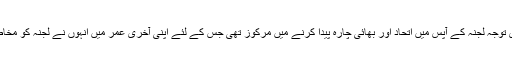
لکھتی ہیں کہ مرحومہ کی ساری توجہ لجنہ کے آپس میں اتحاد اور بھائی چارہ پیدا کرنے میں مرکوز تھی جس کے لئے اپنی آخری عمر میں انہوں نے لجنہ کو مخاطب کر کے متعدد خطوط لکھے۔